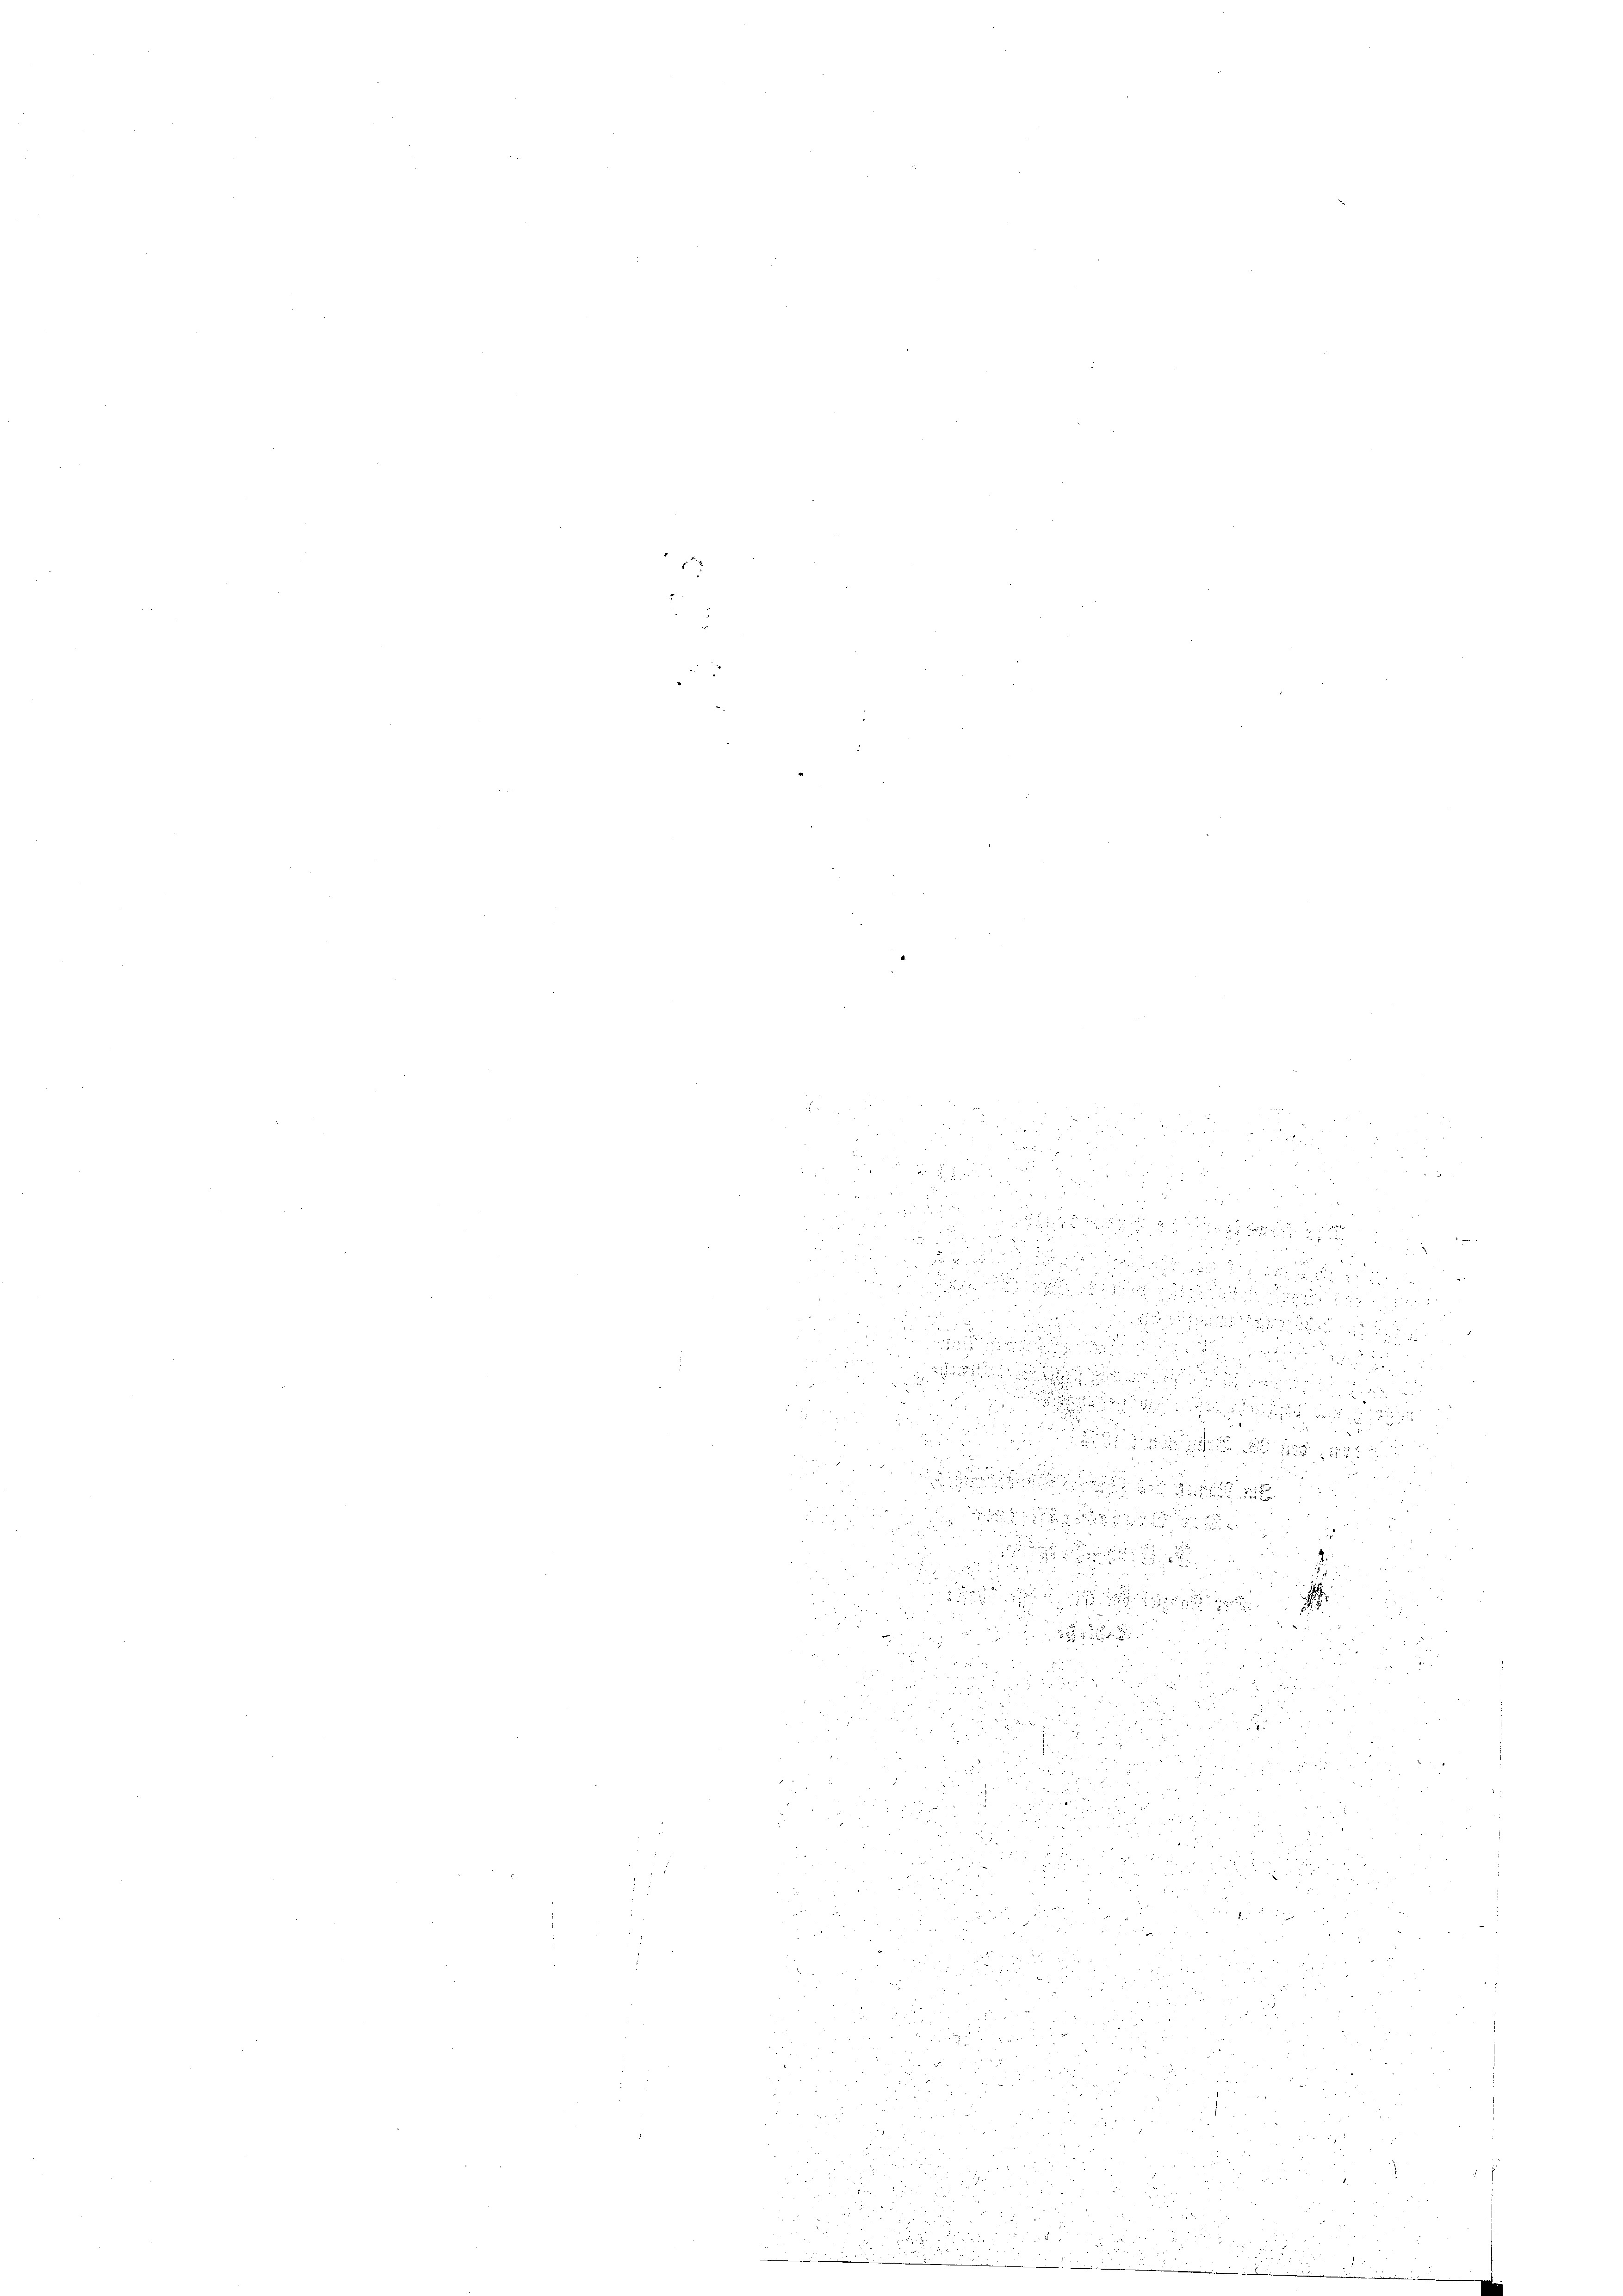
.

5

8 Fr. 2
d
u

 2 x
u
.

d
5
521 f 2 x 2 x
 28
x
8x

.
a
2
.
e
a

22

x

d

e

d

 584 x
5
u

.

u
a
g
 283
n
e

u
d
u

u
 2 f 0 x
e
2
u

2

2

d
e

e

 250 f 2

2

2

d

und

de
ge

u. Bri

d
2

8 20 x

2
n

J
1
211
d
2

85

u

u
25

5 x
1 f 20 x

2

2
¬

 x

2 x 2 f 0 x
e
e

x
xx